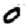
Digit: 0